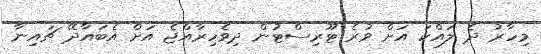
މިހާރު ދެ ލައްކަ އަށް ވުރެ ޓޫރިސްޓުން ދިވެހިރާއްޖެ އަށް އެބައާދޭ ޗައިނާ